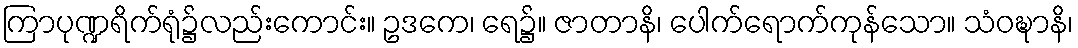
ကြာပုဏ္ဍရိက်ရုံ၌လည်းကောင်း။ ဥဒကေ၊ ရေ၌။ ဇာတာနိ၊ ပေါက်ရောက်ကုန်သော။ သံဝဍ္ဎာနိ၊